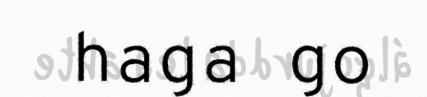
haga go